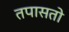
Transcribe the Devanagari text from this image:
तपासतो